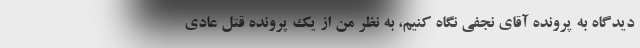
دیدگاه به پرونده آقای نجفی نگاه کنیم، به نظر من از یک پرونده قتل عادی